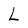
Character: L